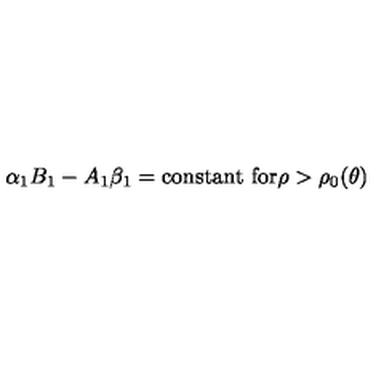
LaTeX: \alpha _ { 1 } B _ { 1 } - A _ { 1 } \beta _ { 1 } = \mathrm { c o n s t a n t } \ \mathrm { f o r } \rho > \rho _ { 0 } ( \theta )